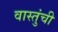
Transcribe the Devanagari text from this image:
वास्तुंची